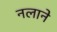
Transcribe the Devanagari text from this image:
नलाने